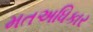
મતઅધિકાર